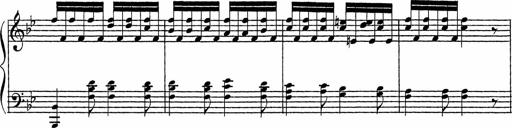
Title: Song of the River
Composer: Frederick Henry Pease